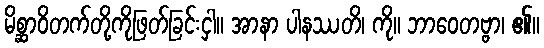
မိစ္ဆာဝိတက်တို့ကိုဖြတ်ခြင်းငှါ။ အာနာ ပါနဿတိ၊ ကို။ ဘာဝေတဗ္ဗာ၊ ၏။